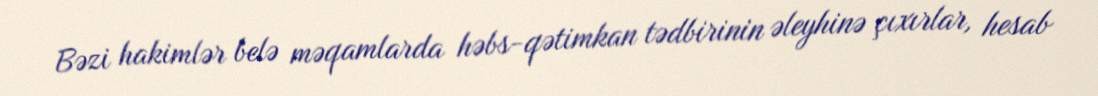
Bəzi hakimlər belə məqamlarda həbs-qətimkan tədbirinin əleyhinə çıxırlar, hesab